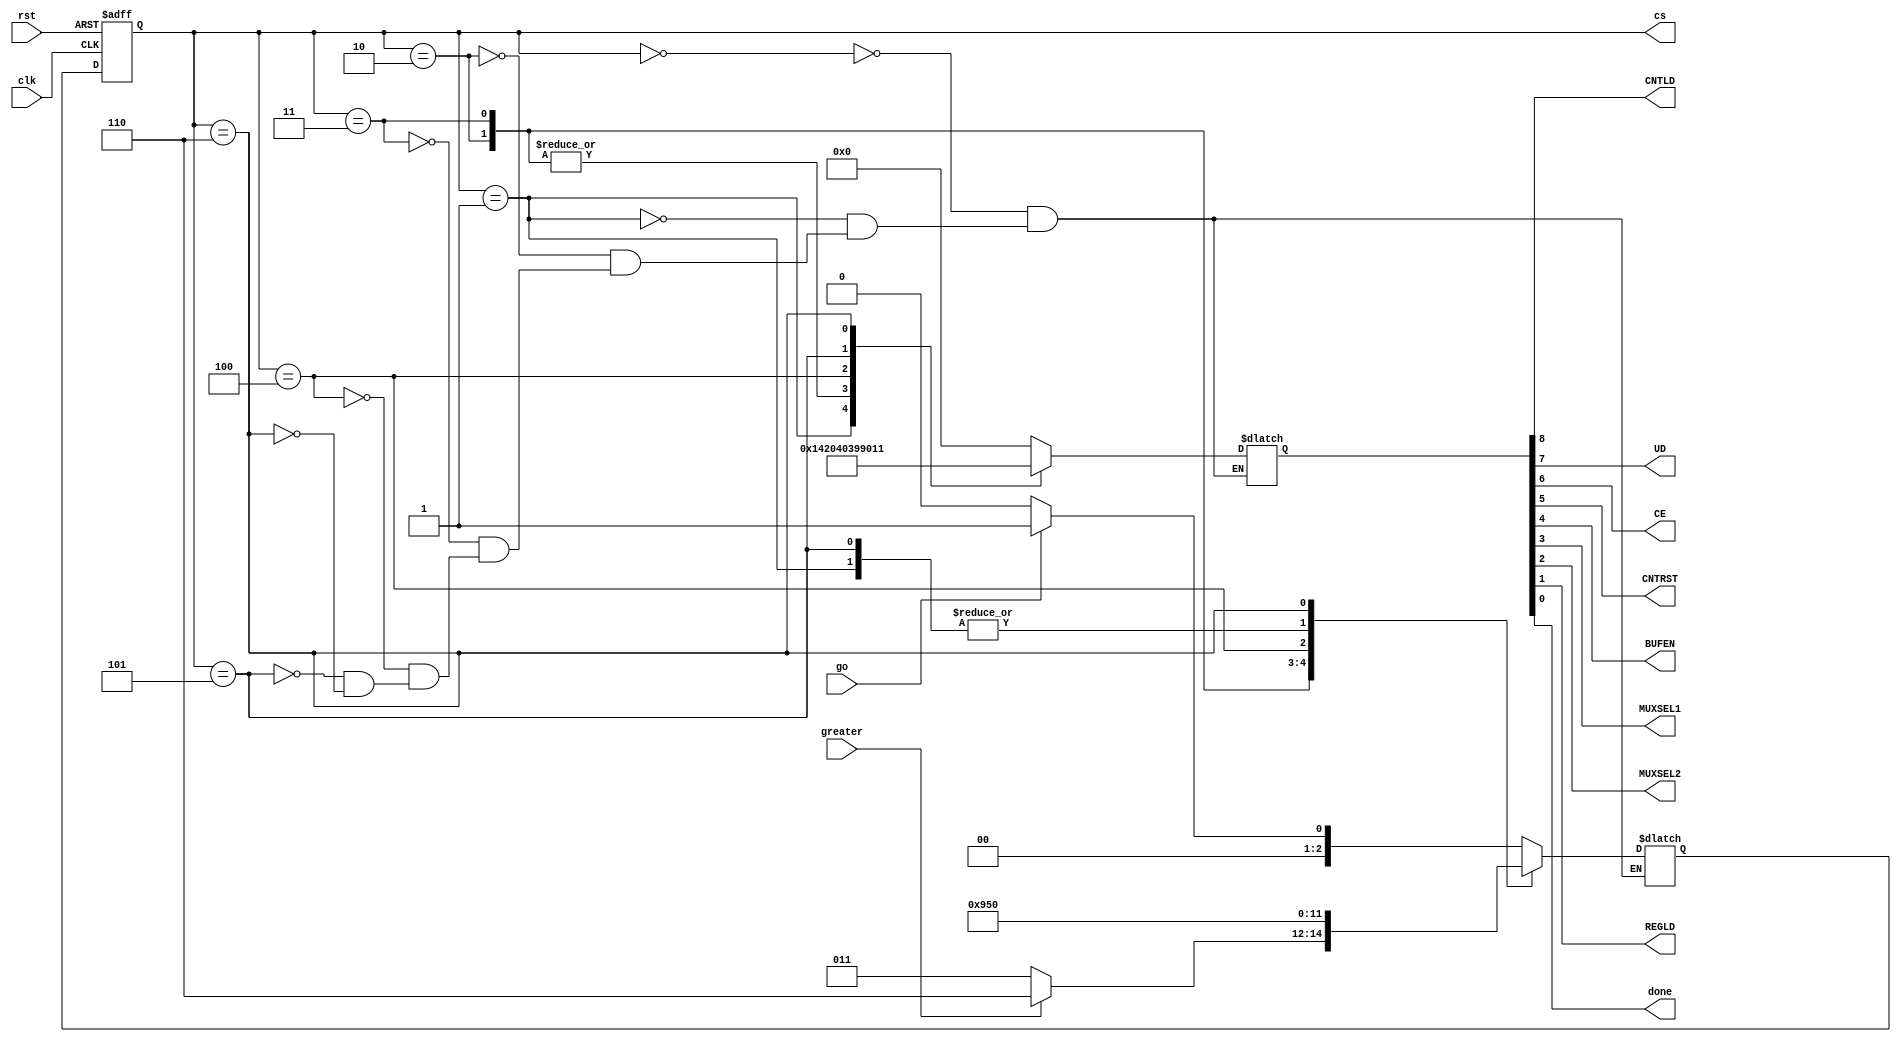
`timescale 1ns / 1ps
module CU(
    input go,
    input clk, rst,
    output CNTLD,UD,CE,CNTRST,
    input greater,
    output BUFEN, //buff enable
    output MUXSEL1,MUXSEL2,
    output REGLD,
    output done,
    output reg [2:0] cs
);
reg [2:0] ns;
reg [8:0] CW;
assign {CNTLD,UD,CE,CNTRST,BUFEN,MUXSEL1,MUXSEL2,REGLD,done} = CW; //REGLD is load for register file
always@(posedge rst, posedge clk)
begin
	if(rst)
		cs <= 0;
	else cs <= ns;
end
always@(go,cs)  //i may need to add greater
begin
	case(cs)
		0: 
		begin 
		    CW = 9'b00000_0000;      
		end
		1:
		begin 
			CW = 9'b10100_0010;  //10100_0010;
		end
		2:
		begin 
		    CW = 9'b00000_1000;	  
		end
		3:
		begin 
			CW = 9'b00000_1000;	       			
		end
		4:	
		begin
			CW = 9'b00000_1110;
		end
		5:	
		begin
			CW = 9'b01100_1000;
		end
		6:	
		begin
			CW = 9'b00001_0001;
		end
	endcase
end 
always@(cs, go, greater)//ns logic
begin
	case(cs)
		0: 
		begin
            if(go) 
              ns = 1;
            else
              ns = 0;
		end
		1: ns = 2;
		2: 
		begin
		  if (greater == 1'b1)
		    ns = 6; 
		  else 
		    ns = 3;
		end
		3:
		begin
		    ns = 4;
		end
		4: 
		begin 
		    ns = 5;
		end
		5:
		begin 
			ns = 2; 
		end
		6:  ns = 0;
	endcase
end
endmodule